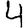
Digit: 4